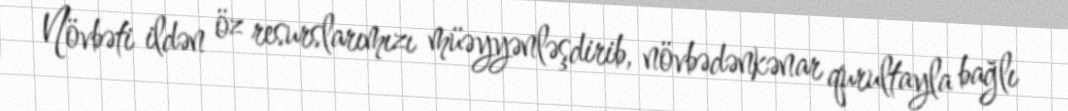
Növbəti ildən öz resurslarımızı müəyyənləşdirib, növbədənkənar qurultayla bağlı